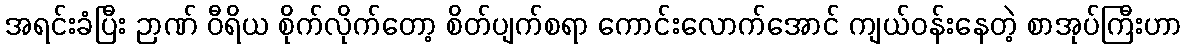
အရင်းခံပြီး ဉာဏ် ဝီရိယ စိုက်လိုက်တော့ စိတ်ပျက်စရာ ကောင်းလောက်အောင် ကျယ်ဝန်းနေတဲ့ စာအုပ်ကြီးဟာ